Malaria in India - Number 2
Disease focus: Malaria
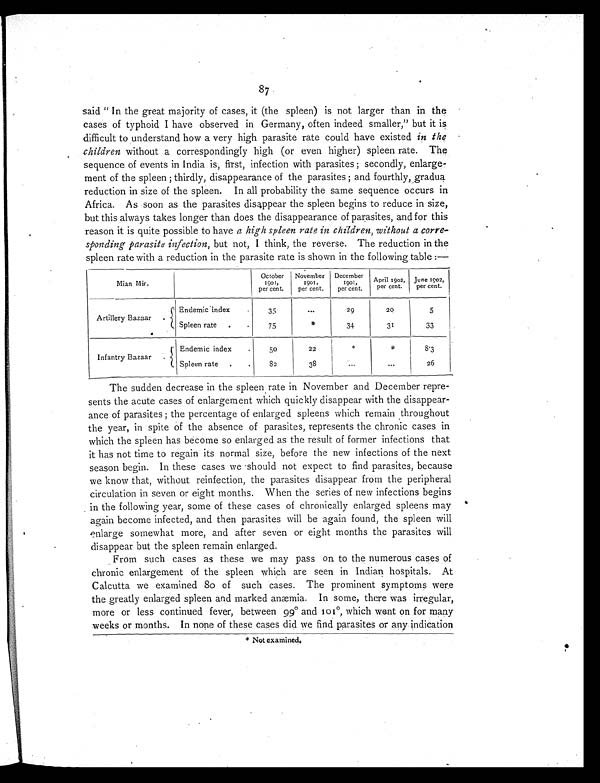
87
said " In the great majority of cases, it (the spleen) is not larger than in the
cases of typhoid I have observed in Germany, often indeed smaller," but it is
difficult to understand how a very high parasite rate could have existed in the
children without a correspondingly high (or even higher) spleen rate. The
sequence of events in India is, first, infection with parasites; secondly, enlarge-
ment of the spleen; thirdly, disappearance of the parasites; and fourthly, gradua
reduction in size of the spleen. In all probability the same sequence occurs in
Africa. As soon as the parasites disappear the spleen begins to reduce in size,
but this always takes longer than does the disappearance of parasites, and for this
reason it is quite possible to have a high spleen rate in children, without a corre-
sponding parasite infection, but not, I think, the reverse. The reduction in the
spleen rate with a reduction in the parasite rate is shown in the following table:—
Mian Mir.
October
1901,
per cent.
November
1901,
per cent.
December
1901,
per cent.
April 1902,
per cent.
June 1902,
per cent.
Artillery Bazaar .
Endemic index
.
35
...
29
20
5
Spleen rate .
.
75
*
34
31
33
Infantry Bazaar .
Endemic index
.
50
22
*
*
8.3
Spleen rate .
.
82
38
. . .
...
26
The sudden decrease in the spleen rate in November and December repre-
sents the acute cases of enlargement which quickly disappear with the disappear-
ance of parasites; the percentage of enlarged spleens which remain throughout
the year, in spite of the absence of parasites, represents the chronic cases in
which the spleen has become so enlarged as the result of former infections that
it has not time to regain its normal size, before the new infections of the next
season begin. In these cases we should not expect to find parasites, because
we know that, without reinfection, the parasites disappear from the peripheral
circulation in seven or eight months. When the series of new infections begins
in the following year, some of these cases of chronically enlarged spleens may
again become infected, and then parasites will be again found, the spleen will
enlarge somewhat more, and after seven or eight months the parasites will
disappear but the spleen remain enlarged.
From such cases as these we may pass on to the numerous cases of
chronic enlargement of the spleen which are seen in Indian hospitals. At
Calcutta we examined 80 of such cases. The prominent symptoms were
the greatly enlarged spleen and marked anæmia. In some, there was irregular,
more or less continued fever, between 99° and 101°, which went on for many
weeks or months. In none of these cases did we find parasites or any indication
* Not examined.
* Not examined.